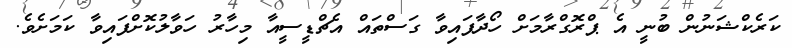
ކަރެކްޝަނުން ބުނީ އެ ޕްރޮގްރާމަށް ހޯދާފައިވާ ގަސްތައް އެޗްޑީސީއާ މިހާރު ހަވާލުކޮށްފައިވާ ކަމަށެވެ.